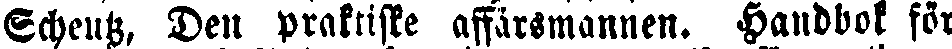
Echeutz, Den praktiske affärsmannen. Handbok för